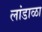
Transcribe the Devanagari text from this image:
लांडाळा